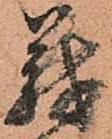
義